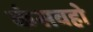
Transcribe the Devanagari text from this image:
कंसवहो